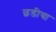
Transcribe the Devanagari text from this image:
छडीचा